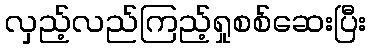
လှည့်လည်ကြည့်ရှုစစ်ဆေးပြီး